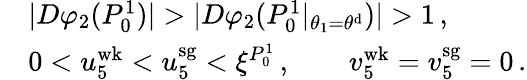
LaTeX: \begin{array}{rl}&{|D\varphi_{2}(P_{0}^{1})|>|D\varphi_{2}(P_{0}^{1}|_{\theta_{1}=\theta^{\mathrm{d}}})|>1\, ,}\\ &{0<u_{5}^{\mathrm{wk}}<u_{5}^{\mathrm{sg}}<\xi^{P_{0}^{1}}\, ,\qquad v_{5}^{\mathrm{wk}}=v_{5}^{\mathrm{sg}}=0\, .}\end{array}